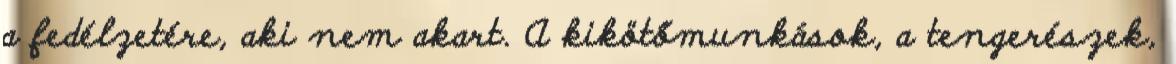
a fedélzetére, aki nem akart. A kikötőmunkások, a tengerészek,